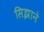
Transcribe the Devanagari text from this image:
सिझाने